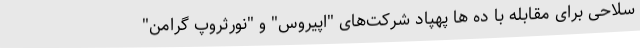
سلاحی برای مقابله با ده ها پهپاد شرکت‌های "اپیروس" و "نورثروپ گرامن"